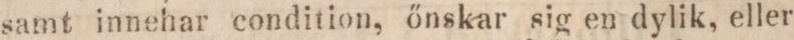
samt innehar condition, őnskar sig en dylik, eller